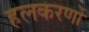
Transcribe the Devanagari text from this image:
हलकरणों